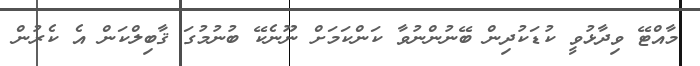
މާއްޓޭ ވިދާޅުވީ ކުޑަކުދިން ބޭނުންނުވާ ކަންކަމަށް ނޫނެކޭ ބުނުމުގަ ޤާބިލްކަން އެ ކެރުން